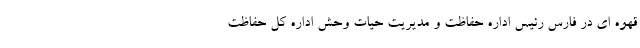
قهوه ای در فارس رئیس اداره حفاظت و مدیریت حیات وحش اداره کل حفاظت